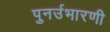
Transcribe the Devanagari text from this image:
पुनर्उभारणी